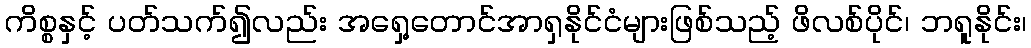
ကိစ္စနှင့် ပတ်သက်၍လည်း အရှေ့တောင်အာရှနိုင်ငံများဖြစ်သည့် ဖိလစ်ပိုင်၊ ဘရူနိုင်း၊